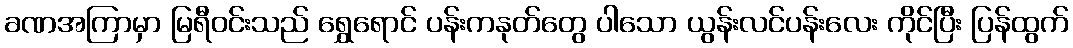
ခဏအကြာမှာ မြရီဝင်းသည် ရွှေရောင် ပန်းကနုတ်တွေ ပါသော ယွန်းလင်ပန်းလေး ကိုင်ပြီး ပြန်ထွက်